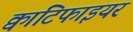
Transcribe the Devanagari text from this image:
क्वांटिफाइयर